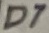
Text: D7